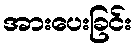
အားပေးခြင်း